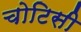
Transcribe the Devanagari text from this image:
चोटिसी